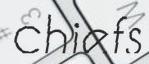
chiefs